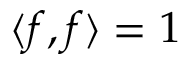
\langle f , f \rangle = 1